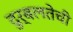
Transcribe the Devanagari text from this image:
दुर्बलतेची